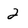
Character: 2